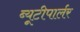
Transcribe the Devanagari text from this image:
ब्यूटीपार्लर